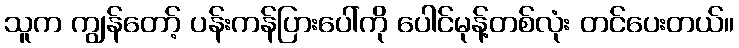
သူက ကျွန်တော့် ပန်းကန်ပြားပေါ်ကို ပေါင်မုန့်တစ်လုံး တင်ပေးတယ်။